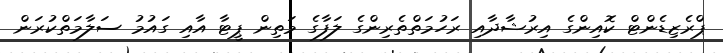
ޕްރެޒިޑެންޓް ކޮއިންގެ އިރުޝާދާއި ރަހުމަތްތެރިންގެ ލަފާގެ މަތިން ޕީޓާ އާއި ގައުމު ސަލާމަތްކުރަން